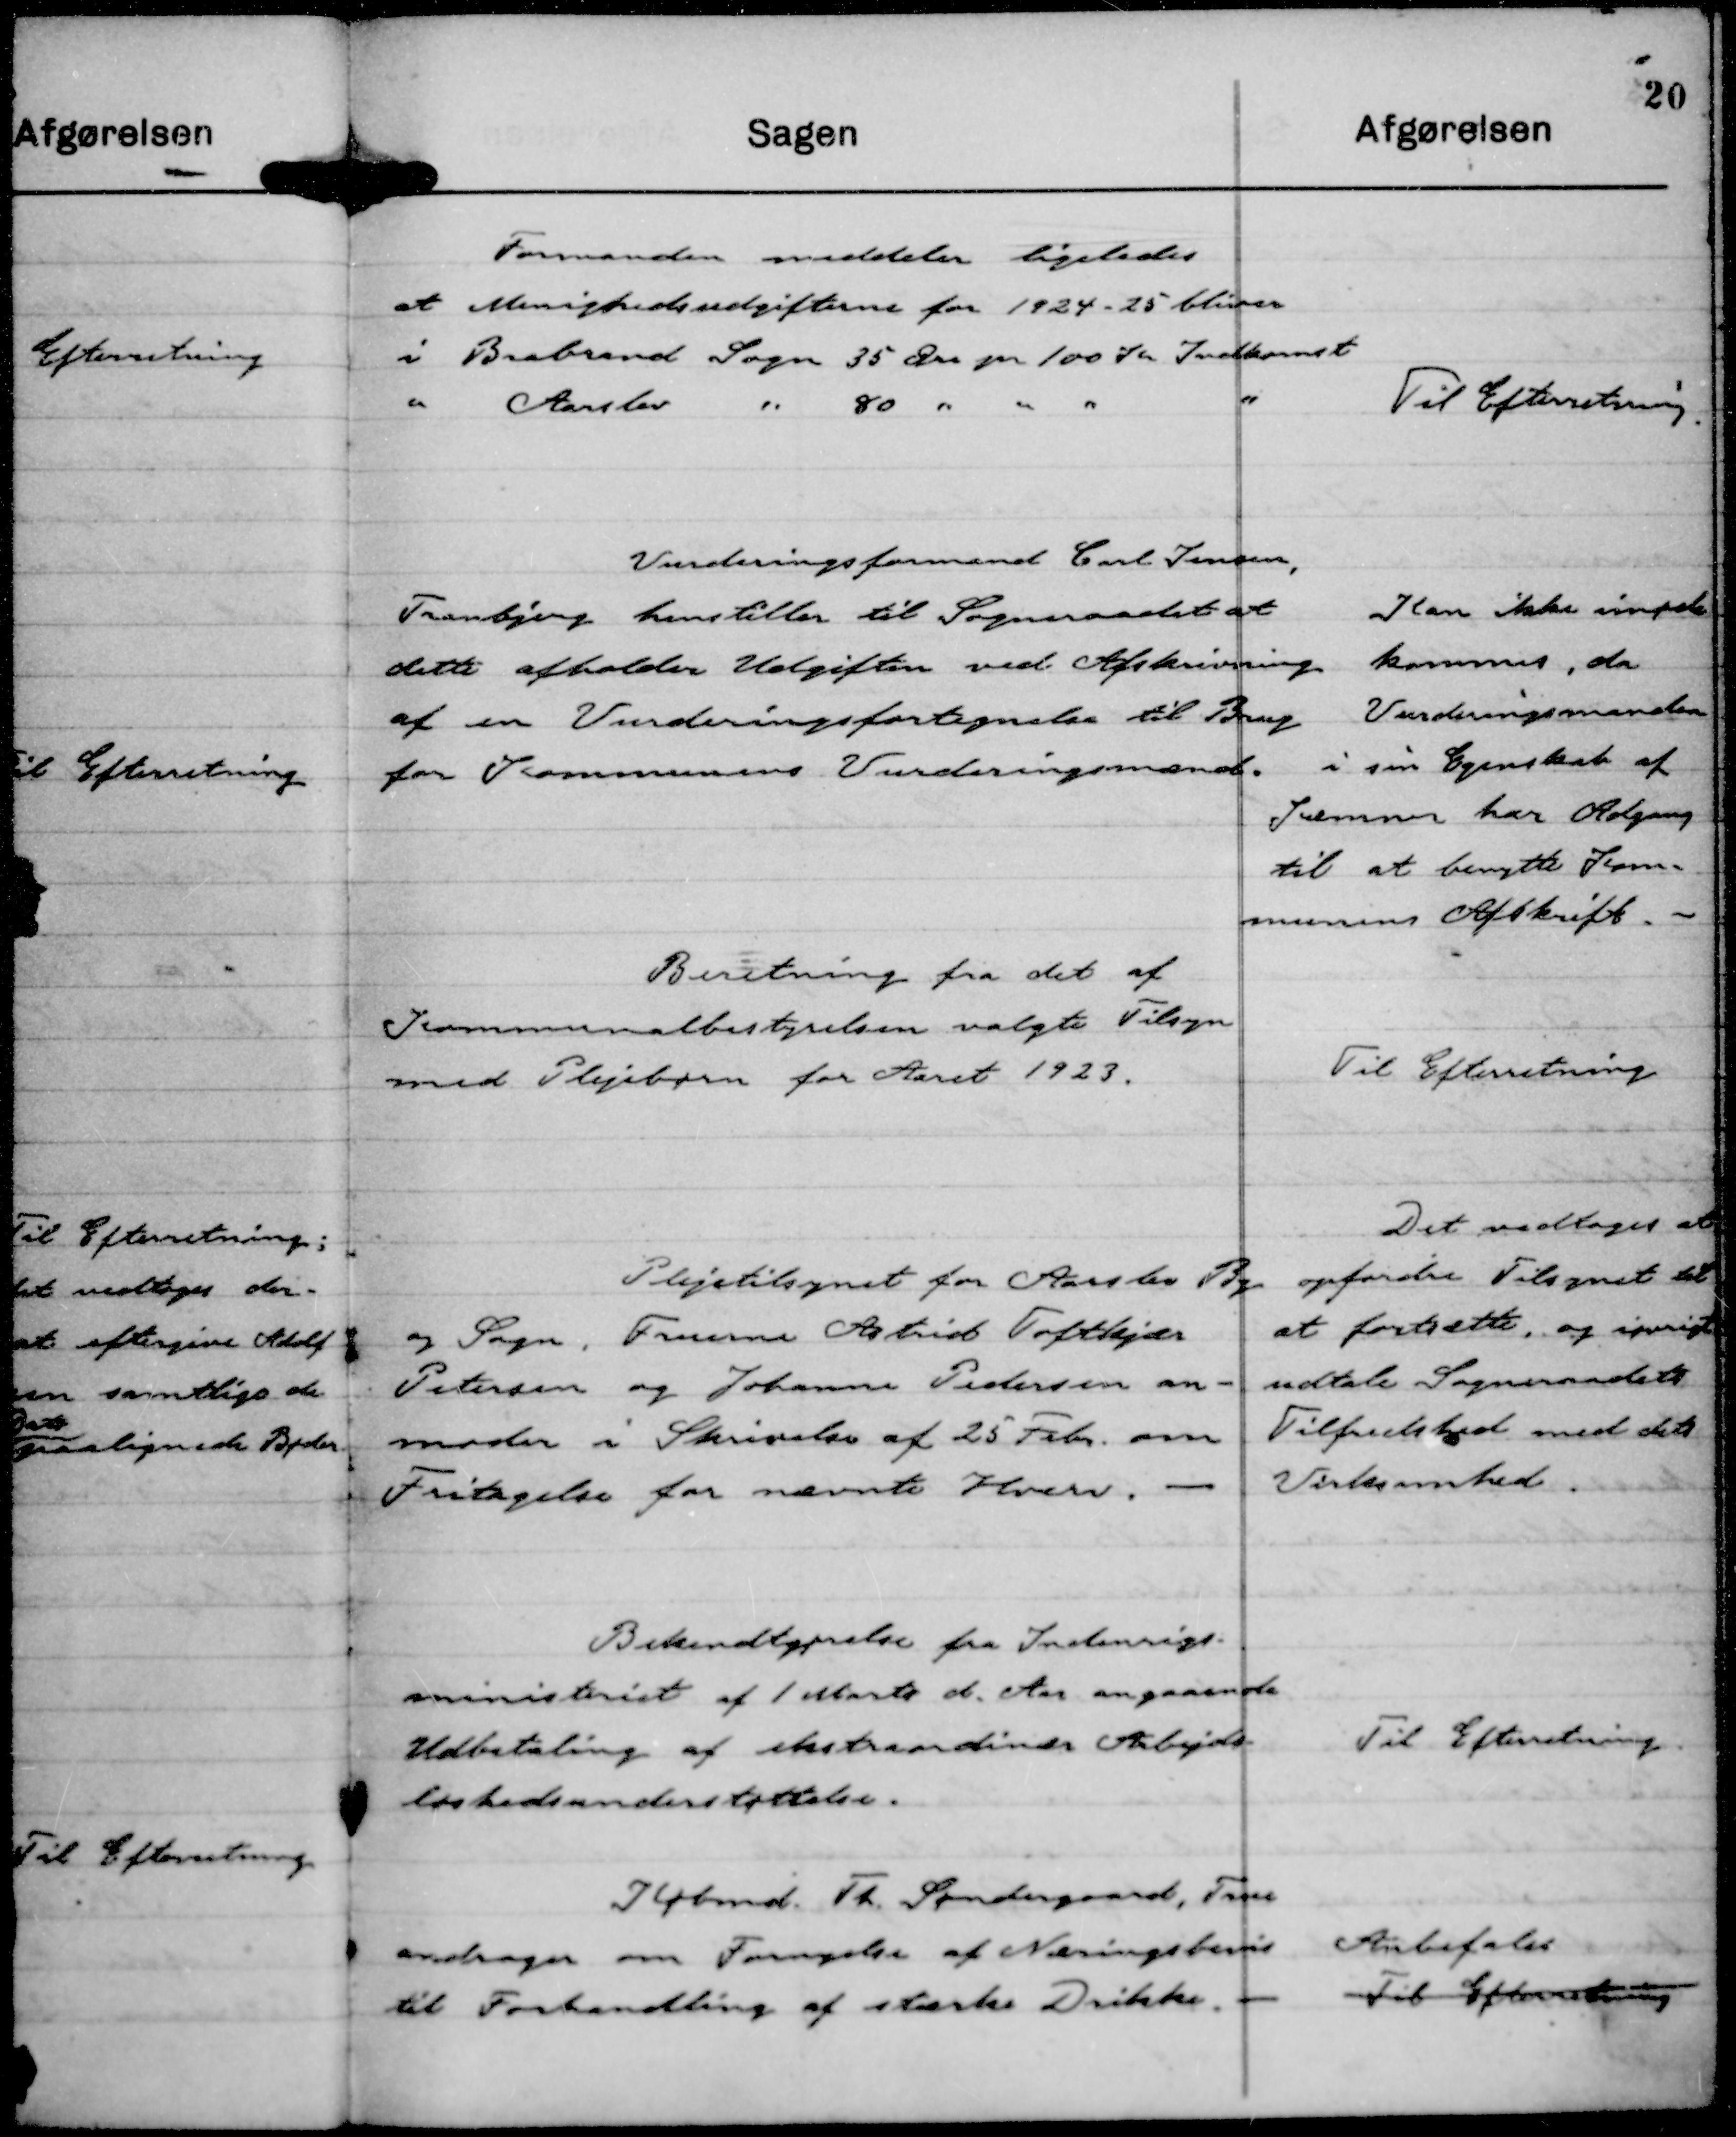
Transskription:
Formanden meddeler ligeledes
at Menighedsudgifterne for 1924 - 25 bliver
i Brabrand Sogn 35 Øre pr 100 Kr Indkomst
" Aarslev " 80 " " " "

Til Efterretning.

Vurderingsmand Carl Jensen,
Tranbjerg henstiller til Sogneraadet at
dette afholder Udgiften ved Afskrivning
af en Vurderingsfortegnelse til Brug
for Kommunens Vurderingsmænd.

Kan ikke imøde
kommes, da
Vurderingsmanden
i sin Egenskab af
Kæmner har Adgang
til at benytte Kom-
munens Afskrift.

Beretning fra det af
Kommunalbestyrelsen valgte Tilsyn
med Plejebørn for Aaret 1923.

Til Efterretning

Plejetilsynet for Aarslev By
og Sogn, Fruerne Astrid Toftkjær
Petersen og Johanne Pedersen an-
moder i Skrivelse af 25 Febr. om
Fritagelse for nævnte Hverv.

Det vedtoges at
opfordre Tilsynet til
at fortsætte, og iøvrigt
udtale Sogneraadets
Tilfredshed med dets
Virksomhed.

Bekendtgørelse fra Indenrigs-
ministeriet af 1 Marts d. Aar angaaende
Udbetaling af ekstraordinær Arbejds-
løshedsunderstøttelse.

Til Efterretning.

Købmd. Th. Søndergaard, True
andrager om Fornyelse af Næringsbevis
til Forhandling af stærke Drikke.

Anbefales
Til Efterretning